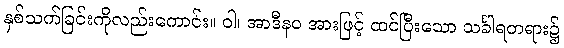
နှစ်သက်ခြင်းကိုလည်းကောင်း။ ဝါ၊ အာဒီနဝ အားဖြင့် ထင်ပြီးသော သင်္ခါရတရား၌